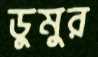
ডুমুর